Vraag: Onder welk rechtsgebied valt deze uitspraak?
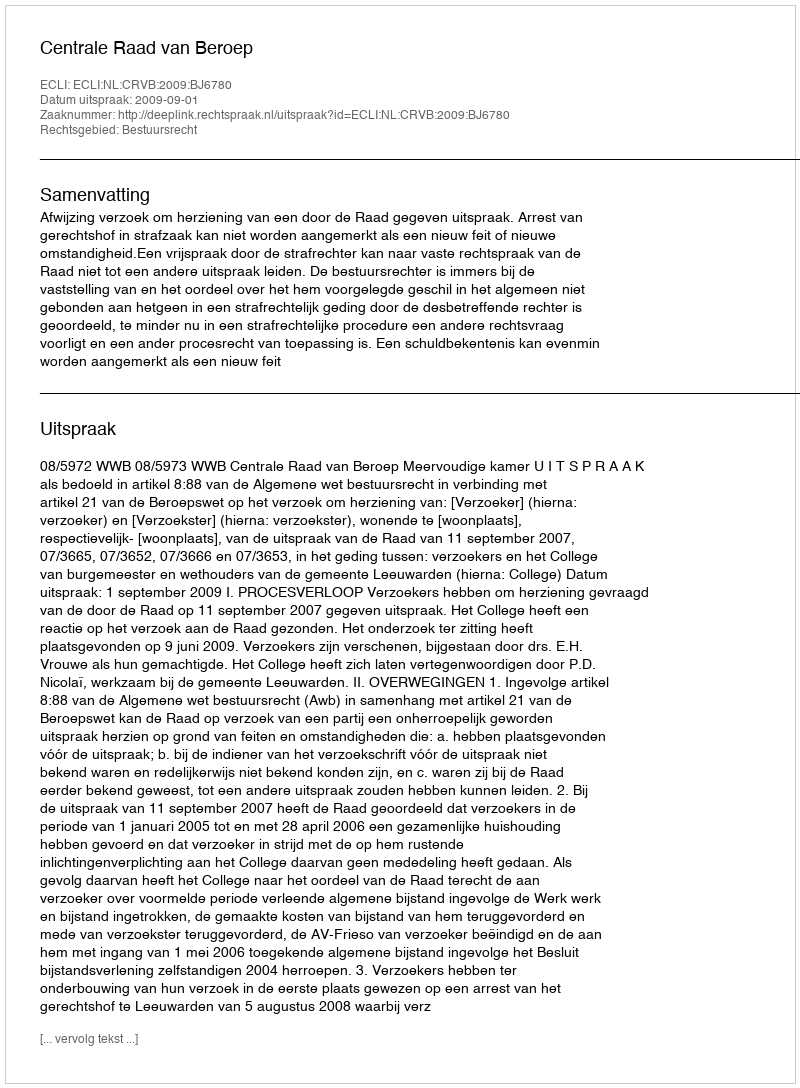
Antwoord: Bestuursrecht